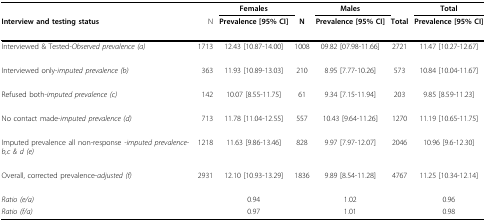
<table><thead><tr><td></td><td></td><td><b>Females</b></td><td></td><td><b>Males</b></td><td></td><td><b>Total</b></td></tr><tr><td><b>Interview and testing status</b></td><td><b>N</b></td><td><b>Prevalence [95% CI]</b></td><td><b>N</b></td><td><b>Prevalence [95% CI]</b></td><td><b>Total</b></td><td><b>Prevalence [95% CI]</b></td></tr></thead><tbody><tr><td>Interviewed &amp; Tested-<i>Observed prevalence (a)</i></td><td>1713</td><td>12.43 [10.87-14.00]</td><td>1008</td><td>09.82 [07.98-11.66]</td><td>2721</td><td>11.47 [10.27-12.67]</td></tr><tr><td>Interviewed only-<i>imputed prevalence (b)</i></td><td>363</td><td>11.93 [10.89-13.03]</td><td>210</td><td>8.95 [7.77-10.26]</td><td>573</td><td>10.84 [10.04-11.67]</td></tr><tr><td>Refused both-<i>imputed prevalence (c)</i></td><td>142</td><td>10.07 [8.55-11.75]</td><td>61</td><td>9.34 [7.15-11.94]</td><td>203</td><td>9.85 [8.59-11.23]</td></tr><tr><td>No contact made-<i>imputed prevalence (d)</i></td><td>713</td><td>11.78 [11.04-12.55]</td><td>557</td><td>10.43 [9.64-11.26]</td><td>1270</td><td>11.19 [10.65-11.75]</td></tr><tr><td>Imputed prevalence all non-response <i>-imputed prevalence-b,c &amp; d (e)</i></td><td>1218</td><td>11.63 [9.86-13.46]</td><td>828</td><td>9.97 [7.97-12.07]</td><td>2046</td><td>10.96 [9.6-12.30]</td></tr><tr><td>Overall, corrected prevalence-<i>adjusted (f)</i></td><td>2931</td><td>12.10 [10.93-13.29]</td><td>1836</td><td>9.89 [8.54-11.28]</td><td>4767</td><td>11.25 [10.34-12.14]</td></tr><tr><td><i>Ratio (e/a)</i></td><td></td><td>0.94</td><td></td><td>1.02</td><td></td><td>0.96</td></tr><tr><td><i>Ratio (f/a)</i></td><td></td><td>0.97</td><td></td><td>1.01</td><td></td><td>0.98</td></tr></tbody></table>